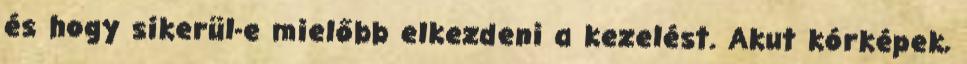
és hogy sikerül-e mielőbb elkezdeni a kezelést. Akut kórképek,